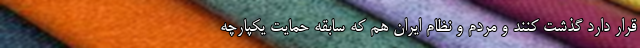
قرار دارد گذشت کنند و مردم و نظام ایران هم که سابقه حمایت یکپارچه